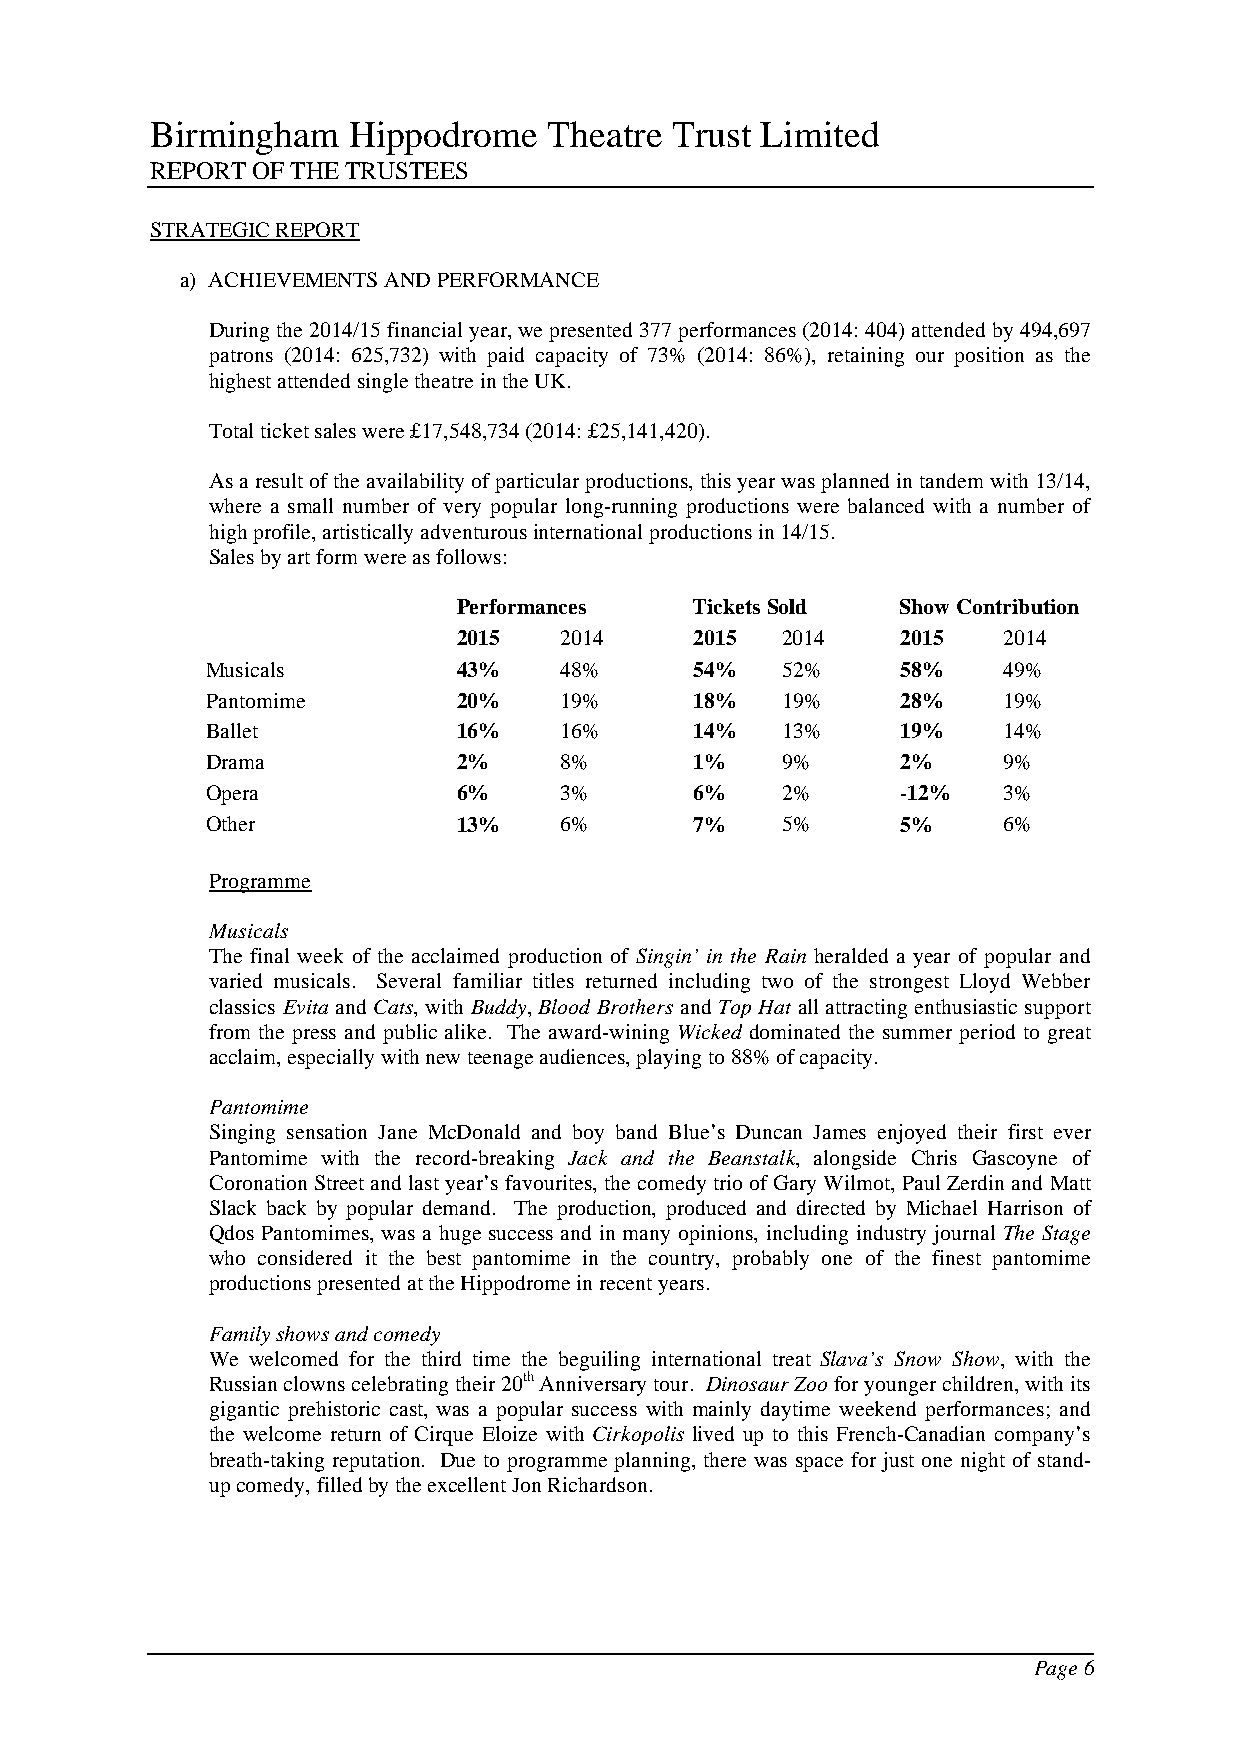
Birmingham   Hippodrome   Theatre Trust Limited
 REPORT OF THE TRUSTEES
 STRATEGIC REPORT
 a) ACHIEVEMENTS AND PERFORMANCE
 During the 2014/15 financial year, we presented 377 performances (2014: 404) attended by 494,697
 patrons (2014: 625,732) with paid capacity of 73% (2014: 86%), retaining our position as the
 highest attended single theatre in the UK.
 Total ticket sales were £17,548,734 (2014: £25,141,420).
 As a result of the availability of particular productions, this year was planned in tandem with 13/14,
 where a small number of very popular long-running productions were balanced with a number of
 high profile, artistically adventurous international productions in 14/15.
 Sales by art form were as follows:
 Performances    Tickets Sold  Show Contribution
 2015   2014     2015  2014    2015  2014
 Musicals        43%    48%      54%   52%     58%   49%
 Pantomime       20%    19%      18%   19%     28%   19%
 Ballet          16%    16%      14%   13%     19%   14%
 Drama           2%     8%       1%    9%      2%    9%
 Opera           6%     3%       6%    2%      -12%  3%
 Other           13%    6%       7%    5%      5%    6%
 Programme
 Musicals
 The final week of the acclaimed production of Singin’ in the Rain heralded a year of popular and
 varied musicals. Several familiar titles returned including two of the strongest Lloyd Webber
 classics Evita and Cats, with Buddy, Blood Brothers and Top Hat all attracting enthusiastic support
 from the press and public alike. The award-wining Wicked dominated the summer period to great
 acclaim, especially with new teenage audiences, playing to 88% of capacity.
 Pantomime
 Singing sensation Jane McDonald and boy band Blue’s Duncan James enjoyed their first ever
 Pantomime with the record-breaking Jack and the Beanstalk, alongside Chris Gascoyne of
 Coronation Street and last year’s favourites, the comedy trio of Gary Wilmot, Paul Zerdin and Matt
 Slack back by popular demand. The production, produced and directed by Michael Harrison of
 Qdos Pantomimes, was a huge success and in many opinions, including industry journal The Stage
 who considered it the best pantomime in the country, probably one of the finest pantomime
 productions presented at the Hippodrome in recent years.
 Family shows and comedy
 We welcomed for the third time the beguiling international treat Slava’s Snow Show, with the
 Russian clowns celebrating their 20th Anniversary tour. Dinosaur Zoo for younger children, with its
 gigantic prehistoric cast, was a popular success with mainly daytime weekend performances; and
 the welcome return of Cirque Eloize with Cirkopolis lived up to this French-Canadian company’s
 breath-taking reputation. Due to programme planning, there was space for just one night of stand-
 up comedy, filled by the excellent Jon Richardson.
 Page 6